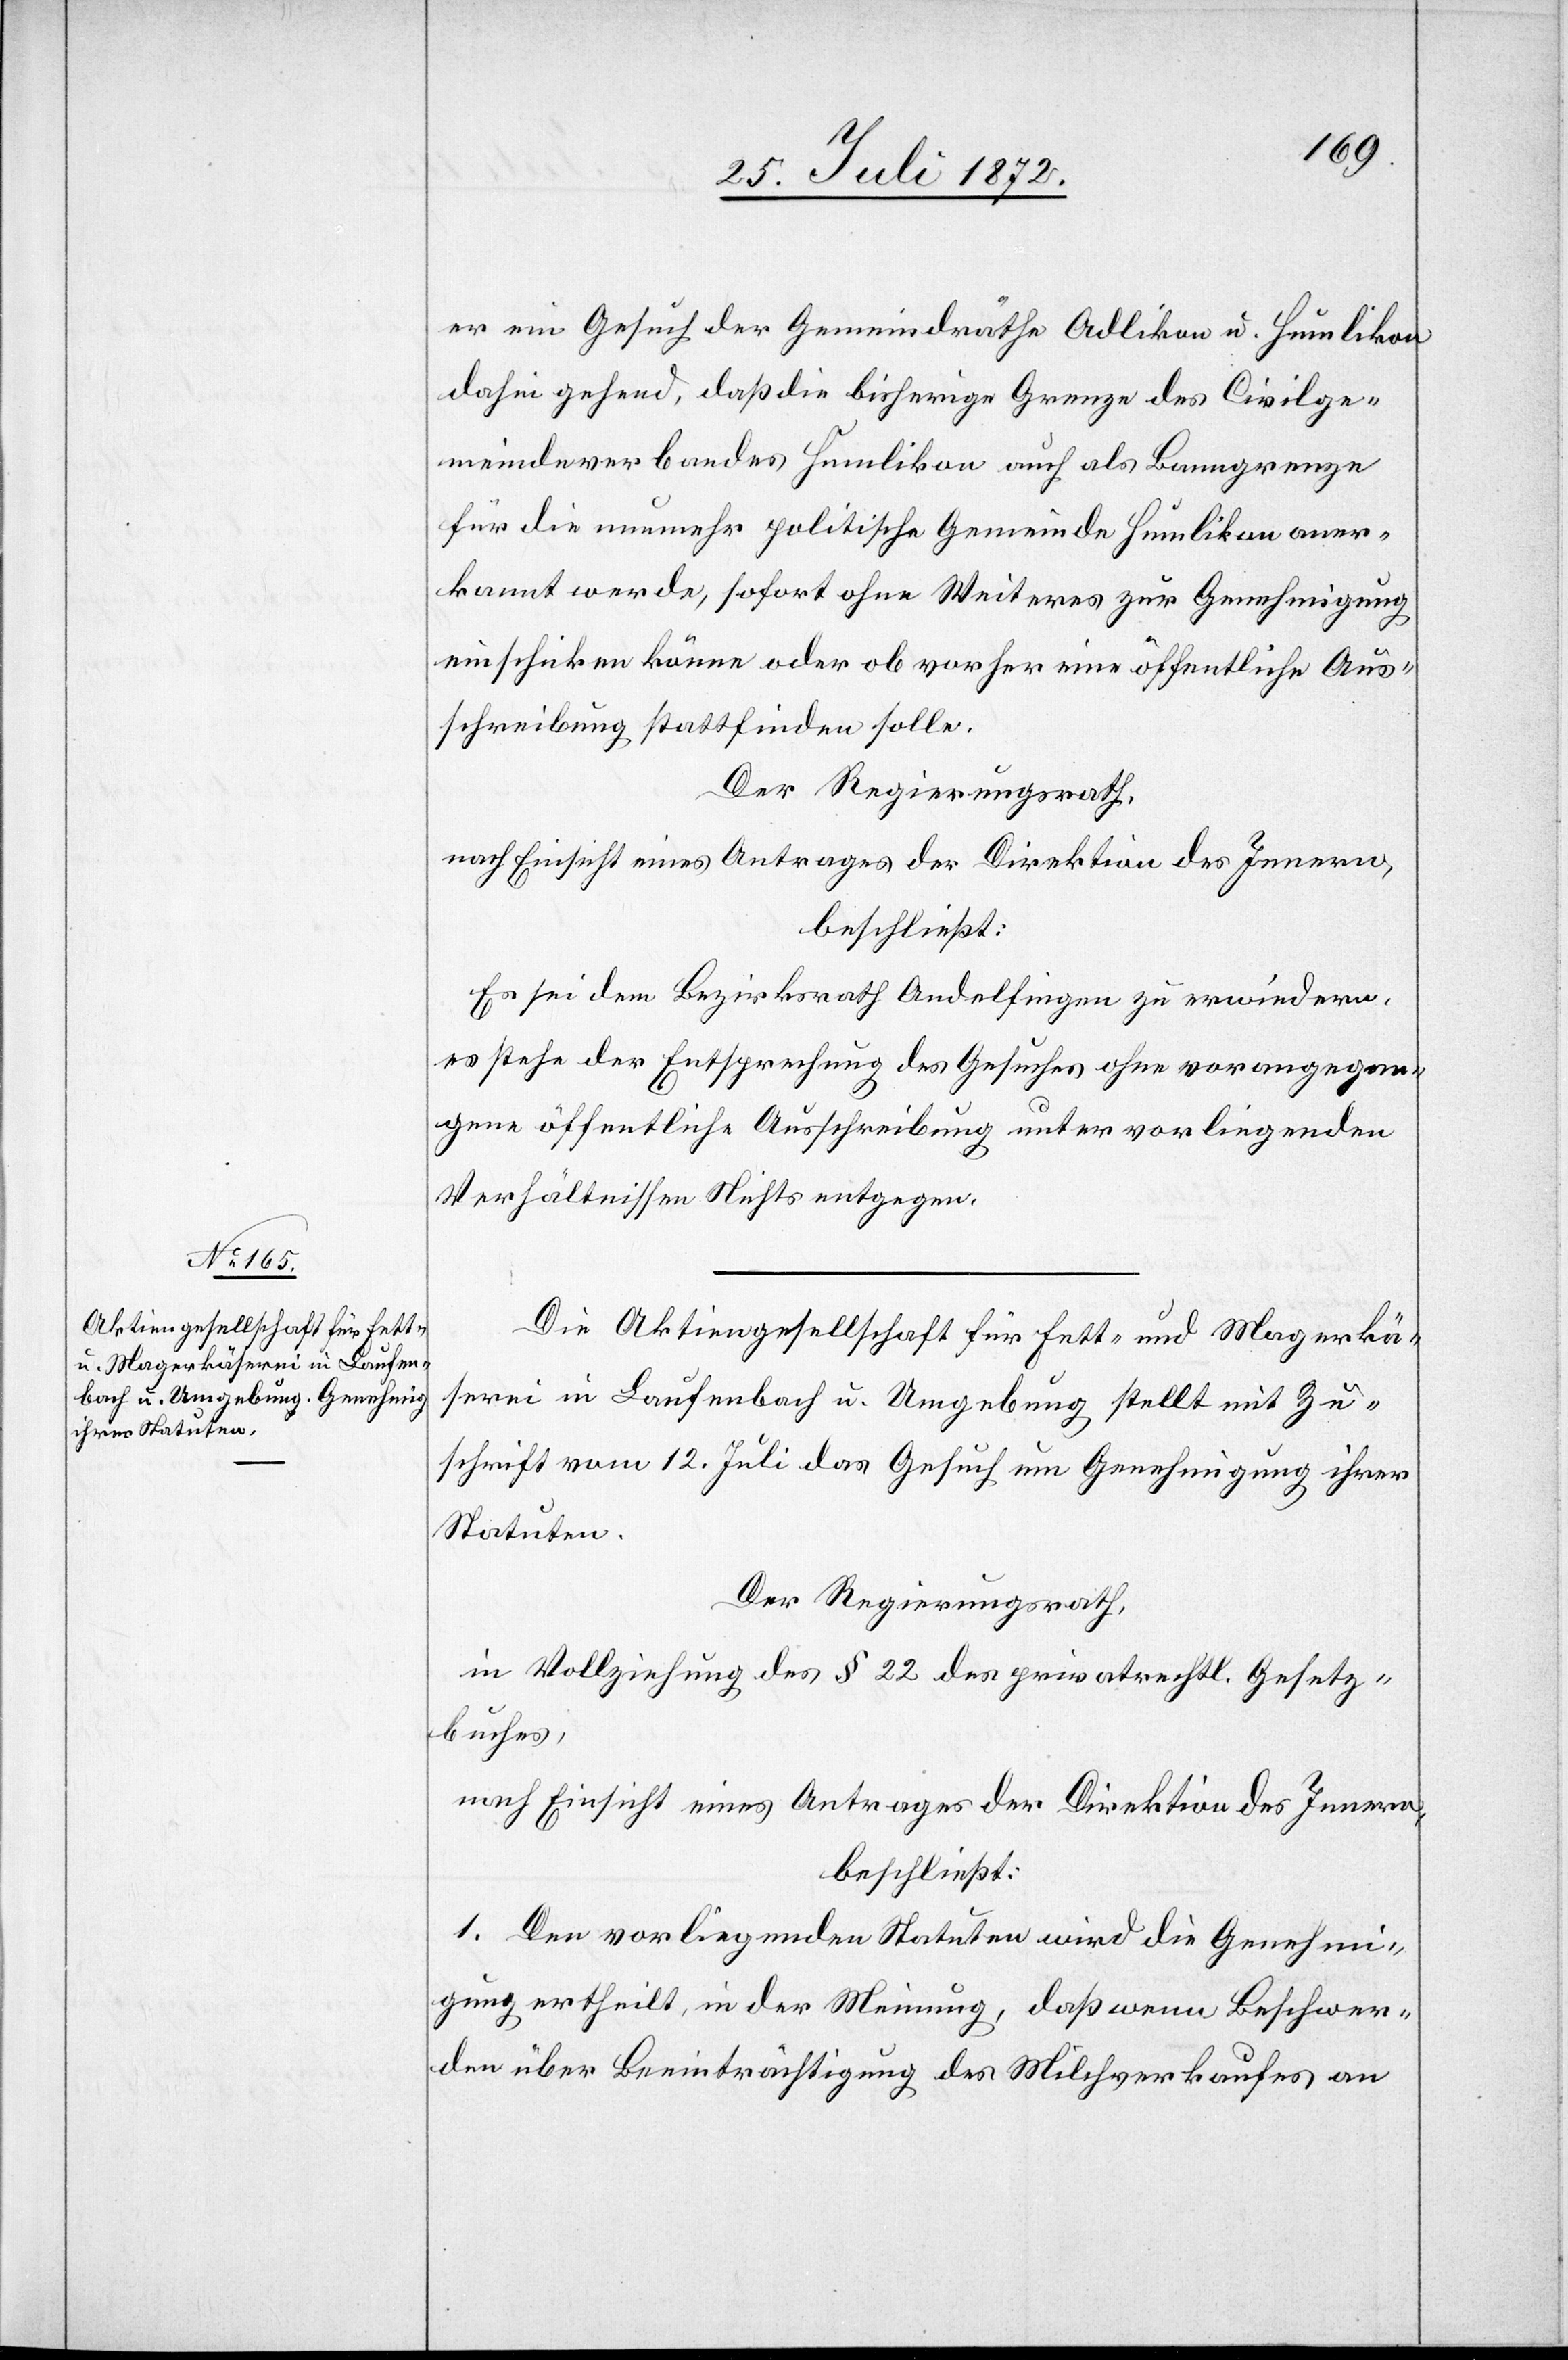
er ein Gesuch der Gemeindräthe Adlikon u. Humlikon
dahin gehend, daß die bisherige Grenze des Civilge¬
meindeverbandes Humlikon auch als Banngrenze
für die nunmehr politische Gemeinde Humlikon aner¬
kannt werde, sofort ohne Weiteres zur Genehmigung
einschicken könne oder ob vorher eine öffentliche Aus¬
schreibung stattfinden solle.
Der Regierungsrath,
nach Einsicht eines Antrages der Direktion des Innern,
beschließt:
Es sei dem Bezirksrath Andelfingen zu erwiedern,
es stehe der Entsprechung des Gesuches ohne vorangegan¬
gene öffentliche Ausschreibung unter vorliegenden
Verhältnissen Nichts entgegen.
Die Aktiengesellschaft für Fett- und Magerkä¬
serei in Laufenbach u. Umgebung stellt mit Zu¬
schrift vom 12. Juli das Gesuch um Genehmigung ihrer
Statuten.
Der Regierungsrath,
in Vollziehung des § 22 des privatrechtl. Gesetz¬
buches,
nach Einsicht eines Antrages der Direktion des Innern,
beschließt:
1. Den vorliegenden Statuten wird die Genehmi¬
gung ertheilt, in der Meinung, daß wenn Beschwer¬
den über Beeinträchtigung des Milchverkaufes an